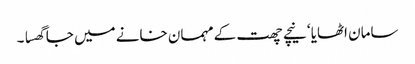
سامان اٹھایا ‘ نیچے چھت کے مہمان خانے میں جا گھسا ۔